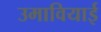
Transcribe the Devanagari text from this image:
उमावियाई